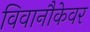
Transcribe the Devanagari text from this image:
विवानौकेवर